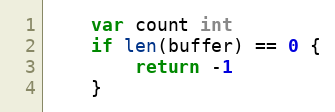
Language: Go
	var count int
	if len(buffer) == 0 {
		return -1
	}